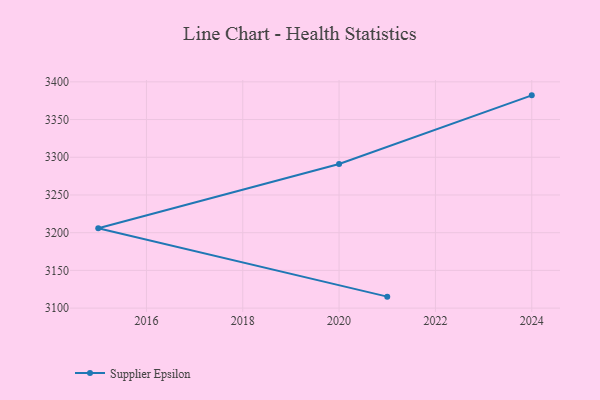
{"axis": {"x": "Year", "y": "Inventory Turnover"}, "legend": ["Supplier Epsilon"], "data": [{"x": "2021", "y": 3115.2, "type": "Supplier Epsilon"}, {"x": "2015", "y": 3205.9, "type": "Supplier Epsilon"}, {"x": "2020", "y": 3291.0, "type": "Supplier Epsilon"}, {"x": "2024", "y": 3382.1, "type": "Supplier Epsilon"}]}